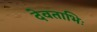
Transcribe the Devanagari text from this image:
देवताभिः